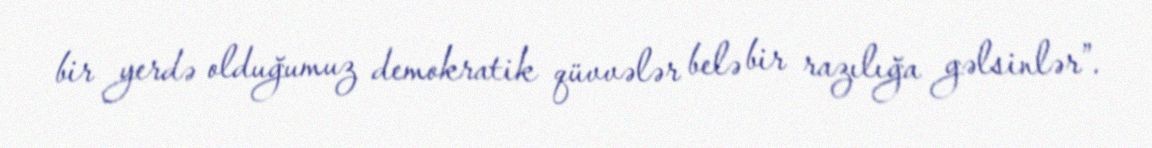
bir yerdə olduğumuz demokratik qüvvələr belə bir razılığa gəlsinlər”.